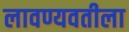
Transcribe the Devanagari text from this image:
लावण्यवतीला